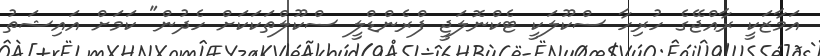
އަމާޒަކީ ރާއްޖޭގެ ހުރިހާ ސްކޫލަކީ ޓެކްނޮލަޖީ ފްރެންޑްލީ ސްކޫލްތަކަކަށް ހެދުން" ކަމަށް އައިޝަތު